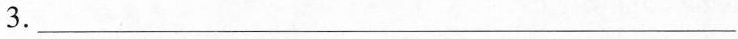
3. ___